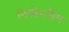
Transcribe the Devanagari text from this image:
निस्सेनबौम